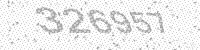
Solution: 326957